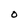
Character: O